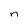
Character: n